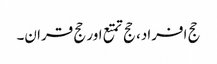
حج افراد، حج تمتع اور حج قران۔